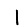
Digit: 1